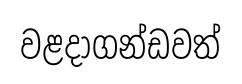
වළදාගන්ඩවත්